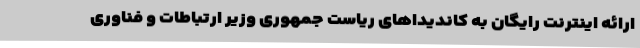
ارائه اینترنت رایگان به کاندیداهای ریاست جمهوری وزیر ارتباطات و فناوری